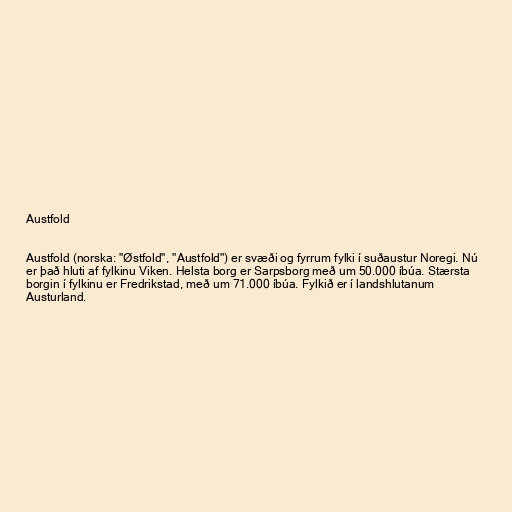
Austfold

Austfold (norska: "Østfold", "Austfold") er svæði og fyrrum fylki í suðaustur Noregi. Nú
er það hluti af fylkinu Viken. Helsta borg er Sarpsborg með um 50.000 íbúa. Stærsta
borgin í fylkinu er Fredrikstad, með um 71.000 íbúa. Fylkið er í landshlutanum
Austurland.